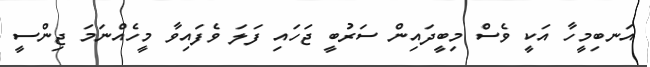
އަނބިމީހާ އަކީ ވެސް މިބީދައިން ސަރުބީ ޖަހައި ފަލަ ވެފައިވާ މީހެއްނަމަ ޖިންސީ